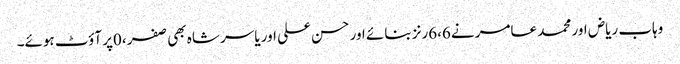
وہاب ریاض اور محمد عامر نے6،6رنز بنائے اور حسن علی اور یاسر شاہ بھی صفر ،0پر آؤٹ ہوئے۔